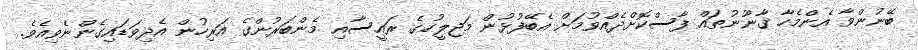
ބޭނުންވާ އެންމެހާ ޤާނޫނުތައް ފާސްކޮށްދެއްވުމަށް އެބޭފުޅުން މަޖިލީހުގެ ރައީސާއި މެންބަރުންގެ އަރިހުން އެދިވަޑައިގެންނެވިއެވެ.